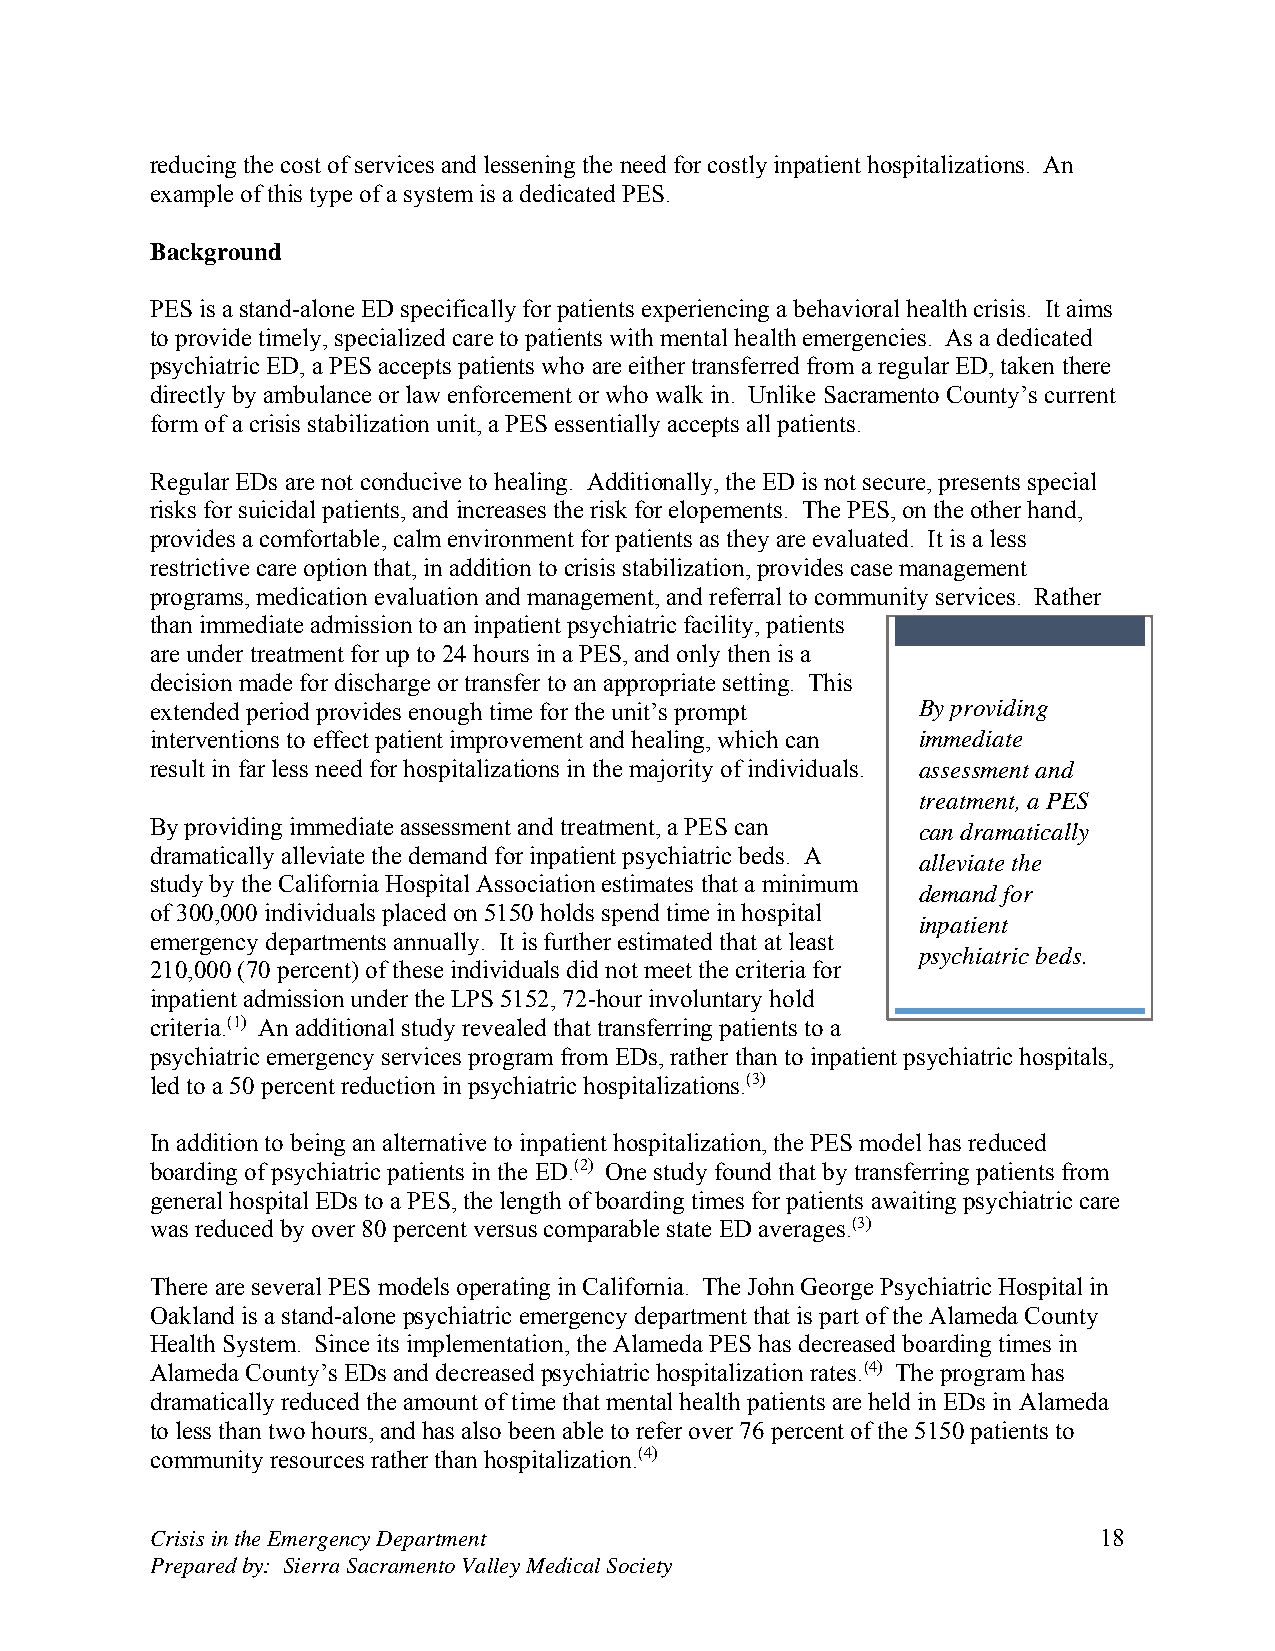
reducing the cost of services and lessening the need for costly inpatient hospitalizations. An
 example of this type of a system is a dedicated PES.
 Background
 PES is a stand-alone ED specifically for patients experiencing a behavioral health crisis. It aims
 to provide timely, specialized care to patients with mental health emergencies. As a dedicated
 psychiatric ED, a PES accepts patients who are either transferred from a regular ED, taken there
 directly by ambulance or law enforcement or who walk in. Unlike Sacramento County’s current
 form of a crisis stabilization unit, a PES essentially accepts all patients.
 Regular EDs are not conducive to healing. Additionally, the ED is not secure, presents special
 risks for suicidal patients, and increases the risk for elopements. The PES, on the other hand,
 provides a comfortable, calm environment for patients as they are evaluated. It is a less
 restrictive care option that, in addition to crisis stabilization, provides case management
 programs, medication evaluation and management, and referral to community services. Rather
 than immediate admission to an inpatient psychiatric facility, patients
 are under treatment for up to 24 hours in a PES, and only then is a
 decision made for discharge or transfer to an appropriate setting. This
 extended period provides enough time for the unit’s prompt By providing
 interventions to effect patient improvement and healing, which can immediate
 result in far less need for hospitalizations in the majority of individuals. assessment and
 treatment, a PES
 By providing immediate assessment and treatment, a PES can can dramatically
 dramatically alleviate the demand for inpatient psychiatric beds. A
 alleviate the
 study by the California Hospital Association estimates that a minimum
 demand for
 of 300,000 individuals placed on 5150 holds spend time in hospital
 inpatient
 emergency departments annually. It is further estimated that at least
 psychiatric beds.
 210,000 (70 percent) of these individuals did not meet the criteria for
 inpatient admission under the LPS 5152, 72-hour involuntary hold
 criteria.(1) An additional study revealed that transferring patients to a
 psychiatric emergency services program from EDs, rather than to inpatient psychiatric hospitals,
 led to a 50 percent reduction in psychiatric hospitalizations.(3)
 In addition to being an alternative to inpatient hospitalization, the PES model has reduced
 boarding of psychiatric patients in the ED.(2) One study found that by transferring patients from
 general hospital EDs to a PES, the length of boarding times for patients awaiting psychiatric care
 was reduced by over 80 percent versus comparable state ED averages.(3)
 There are several PES models operating in California. The John George Psychiatric Hospital in
 Oakland is a stand-alone psychiatric emergency department that is part of the Alameda County
 Health System. Since its implementation, the Alameda PES has decreased boarding times in
 Alameda County’s EDs and decreased psychiatric hospitalization rates.(4) The program has
 dramatically reduced the amount of time that mental health patients are held in EDs in Alameda
 to less than two hours, and has also been able to refer over 76 percent of the 5150 patients to
 community resources rather than hospitalization.(4)
 Crisis in the Emergency Department                             18
 Prepared by: Sierra Sacramento Valley Medical Society